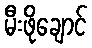
မီးဖိုချောင်